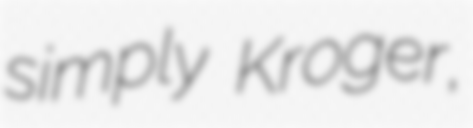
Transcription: simply Kroger,